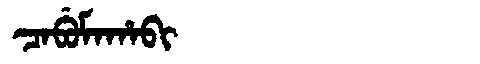
Manchu: ᠴᠠᠪᡠᠮᠠᡥᠠᠪᡳ
Romanization: CABUMAHABI